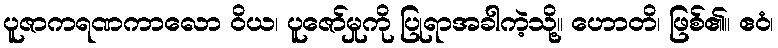
ပူဇာကရဏကာလော ဝိယ၊ ပူဇော်မှုကို ပြုရာအခါကဲ့သို့။ ဟောတိ၊ ဖြစ်၏။ ဧဝံ၊